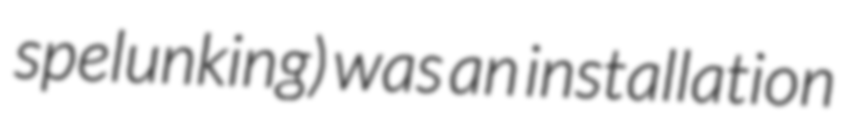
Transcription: spelunking) was an installation